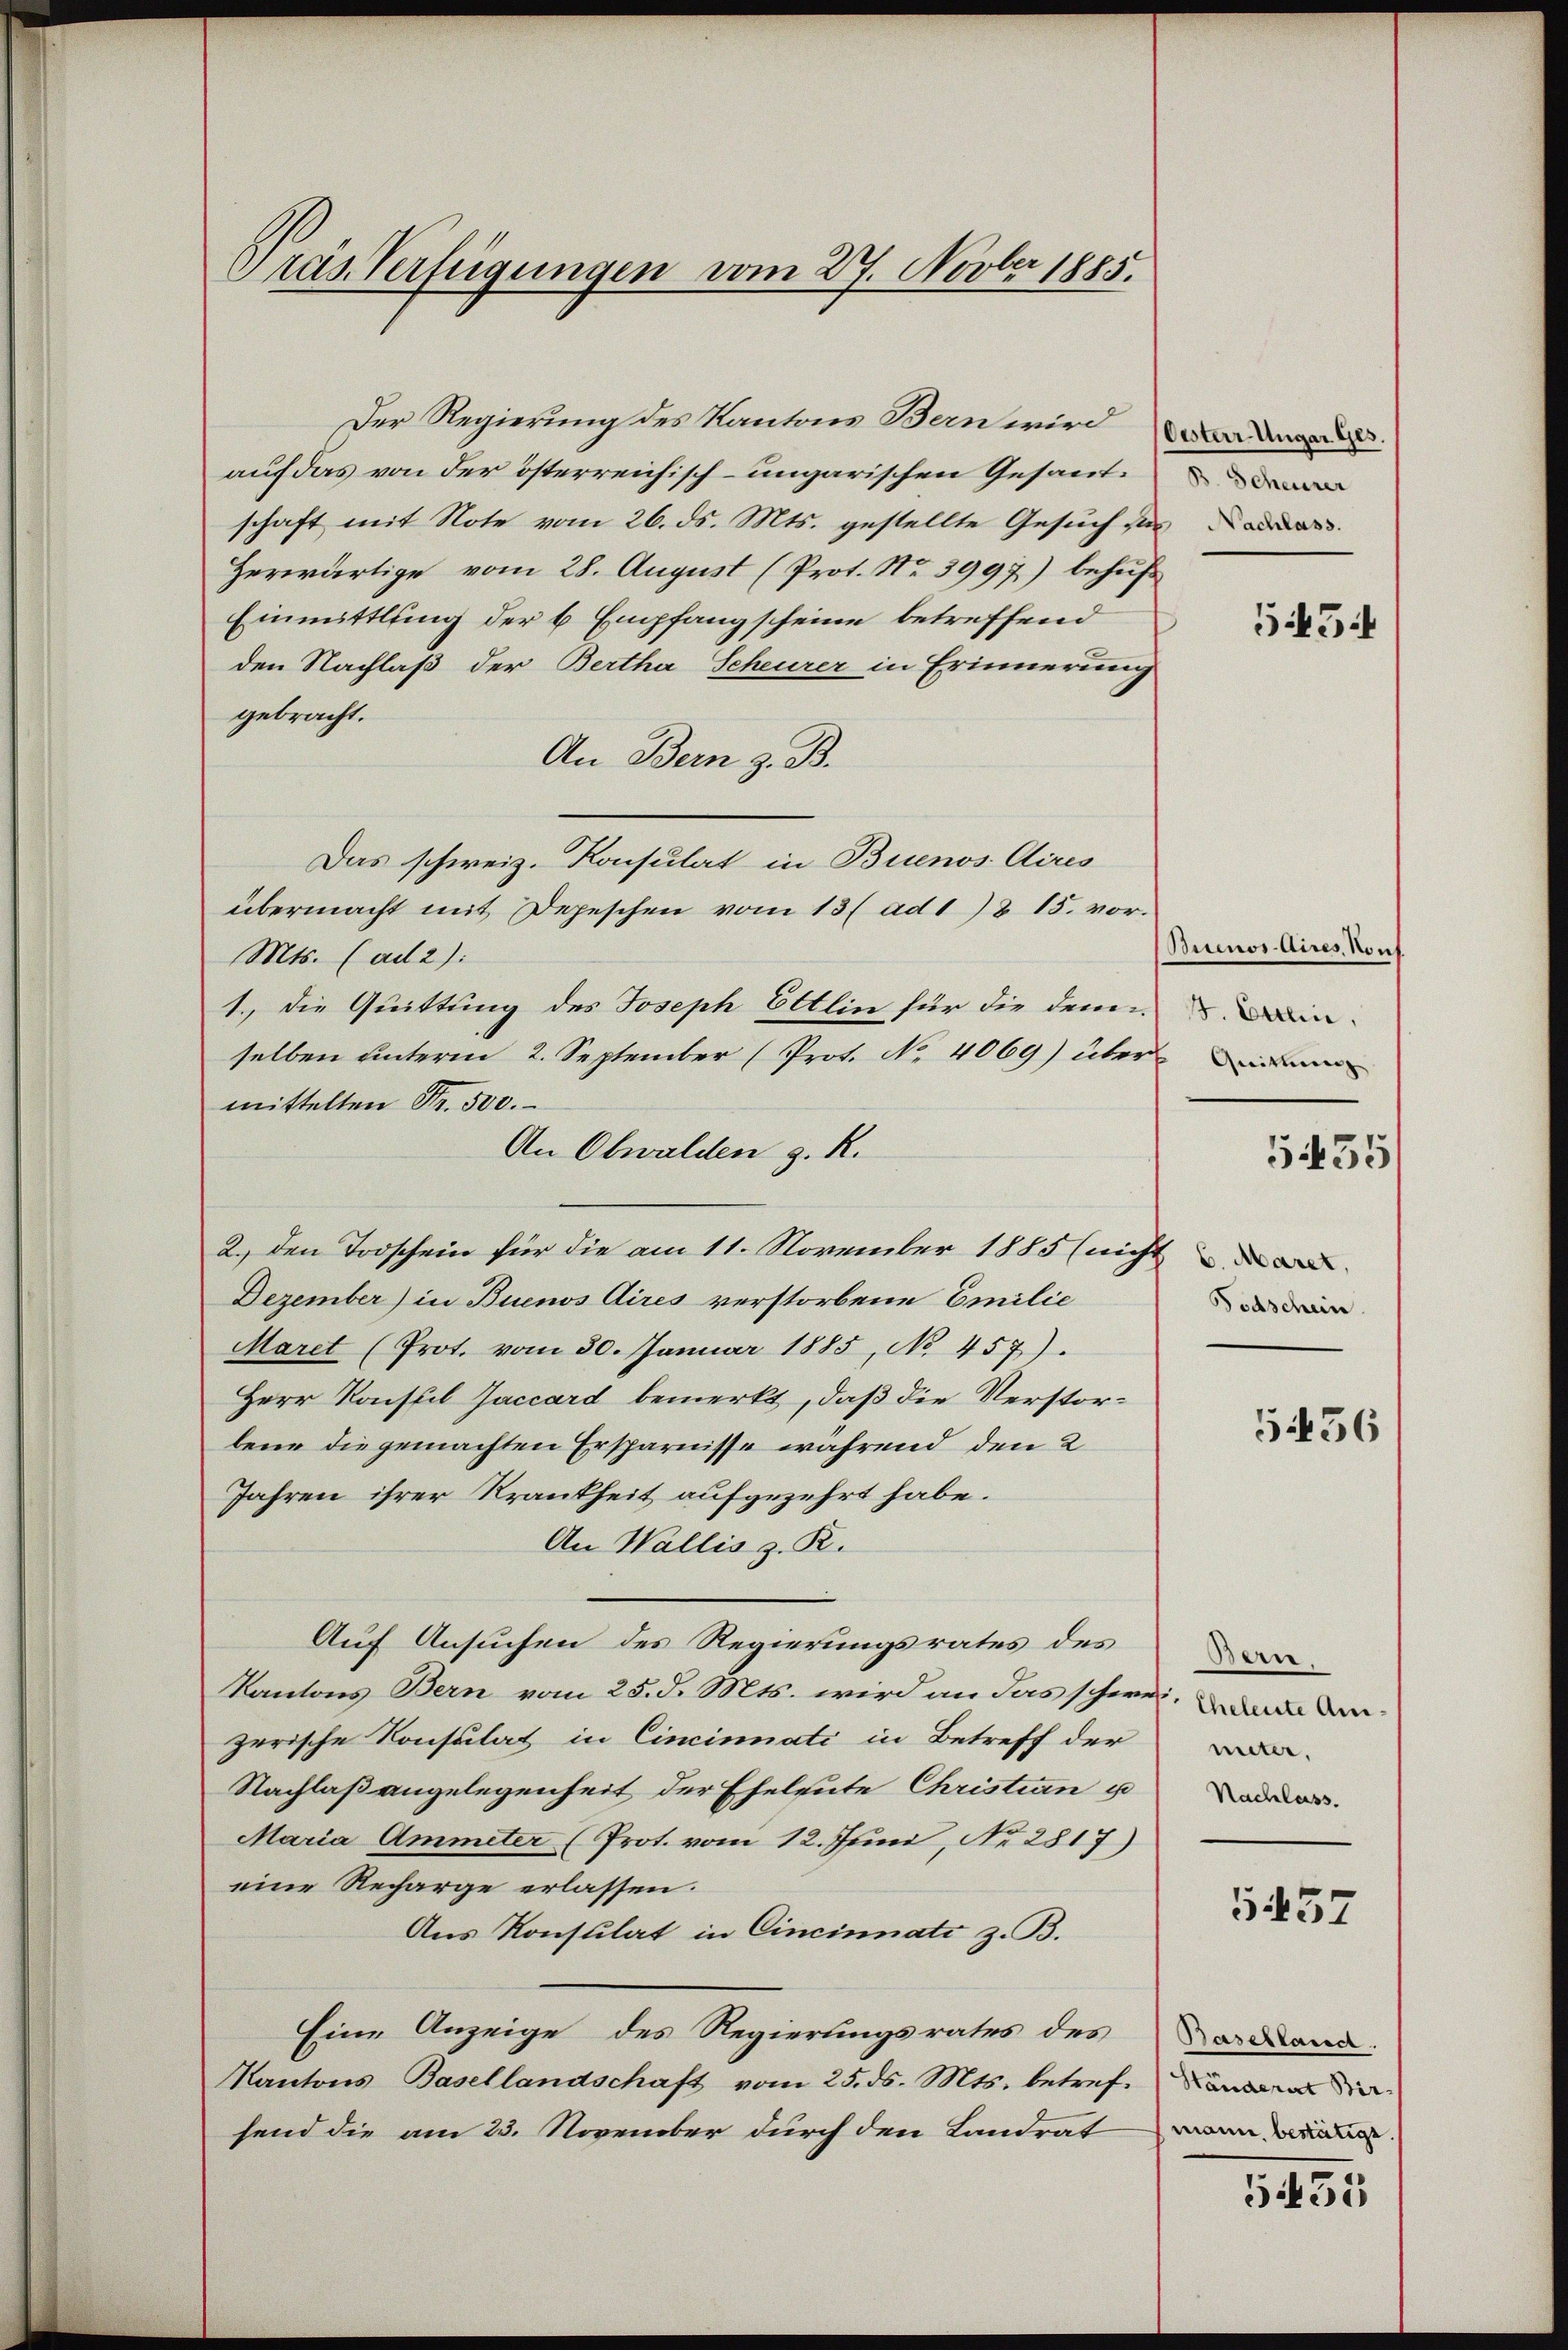
Gräs. Verfügungen vom 27. Novber 1885.

Der Regierung des Kantons Bern wird d
auf das von der österreichisch-ungarischen Gesandschaft mit Note vom 26. ds. Mts. gestellte Gesuch se
Herwärtige vom 28. August (Prot. No. 3997) behufs
Einmittlung der 6 Empfangscheine betreffend
den Nachlaß der Bertha Scheurer in Erinnerung
gebracht.
An Bern z. B.
Das schweiz. Konsulat in Buenos Aires
übermacht mit Depeschen vom 13 ( ad 18 15. vor¬
Mts. (ad 2):
1., die Quittung des Joseph Ettlin für die dem
selben unterm 2. September (Prot. No. 4069) über
mittelten Fr. 500.
An Obwalden z. R.
2.) den Todschein für die am 11. November 1885 (nicht
Dezember) in Buenos Aires verstorbene Emilie
Maret (Prot. vom 30. Januar 1885, No 457).
Herr Konstil Jaccard bemerkt, daß die Verstorbene die gemachten Ersparnisse während den 2
Jahren ihrer Krankheit aufgezehrt habe.
An Wallis z. R.
Auf Ansuchen des Regierungsrates des
Kantons Bern vom 25. d. Mts. wird an das schweid de
zerische Konsulat in Cincinati in Betreff der
Nachlaßangelegenheit der Eheleute Christian u
Maria Ammeter (Prot. vom 12. Juni, Nr. 2817)
eine Recharge erlassen.
Aus Konsulat in Cincinnati z. B.
Eine Anzeige des Regierungsrates des
Kantons Basellandschaft vom 25. ds. Mts. betreffend die
send die am 23. November durch den Landrat wann

B. Scheurer

5454

Buenos Aires, Konf
J. Otten,

5435

Fodschein.

5456

Bern.
unter.
Nachlass.

557

Basellansch.

5435